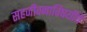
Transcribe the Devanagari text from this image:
सहजीवनाविषयीचे